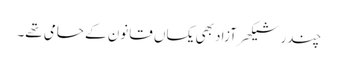
چندر شیکھر آزاد بھی یکساں قانون کے حامی تھے۔